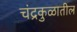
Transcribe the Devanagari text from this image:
चंद्रकुळातील